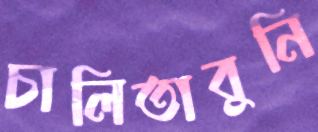
চালিতাবুনি